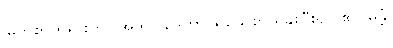
မြတ်စွာဘုရားကို။ အဘိဝါဒေတွာ၊ ရိုသေစွာ ရှိခိုးပြီး၍။ ဧကမန္တံ၊